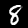
Label: 8